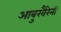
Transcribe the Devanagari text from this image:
आबुखैरेनी